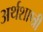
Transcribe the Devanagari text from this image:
अर्थशाष्त्री